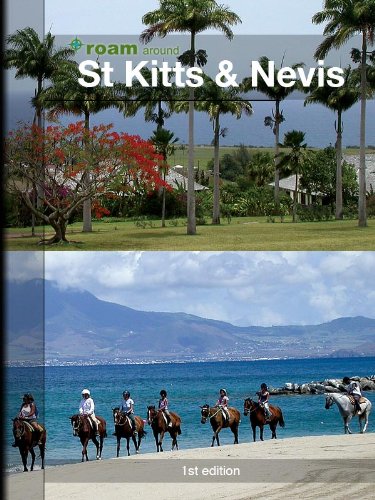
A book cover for roam around St Kitts & Nevis; AR Corbin; Travel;